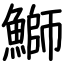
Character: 鰤